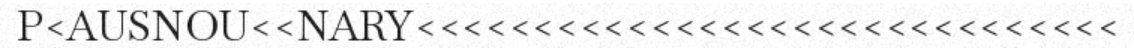
P<AUSNOU<<NARY<<<<<<<<<<<<<<<<<<<<<<<<<<<<<<